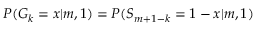
P ( G _ { k } = x | m , 1 ) = P ( S _ { m + 1 - k } = 1 - x | m , 1 )